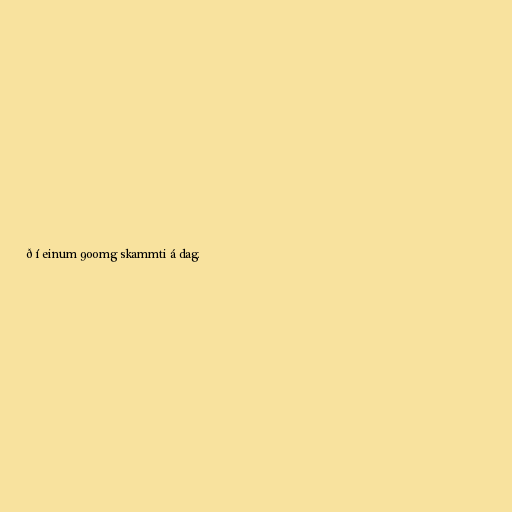
ð í einum 900mg skammti á dag.